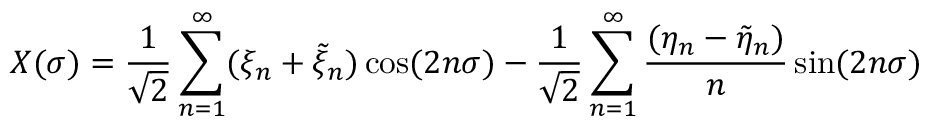
X ( \sigma ) = { \frac { 1 } { \sqrt { 2 } } } \sum _ { n = 1 } ^ { \infty } ( \xi _ { n } + \tilde { \xi } _ { n } ) \cos ( 2 n \sigma ) - { \frac { 1 } { \sqrt { 2 } } } \sum _ { n = 1 } ^ { \infty } { \frac { ( \eta _ { n } - \tilde { \eta } _ { n } ) } { n } } \sin ( 2 n \sigma )